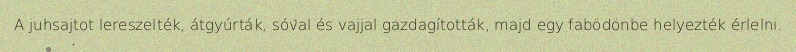
A juhsajtot lereszelték, átgyúrták, sóval és vajjal gazdagították, majd egy fabödönbe helyezték érlelni.